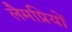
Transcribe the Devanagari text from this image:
लैमप्रियों